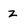
Character: z